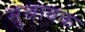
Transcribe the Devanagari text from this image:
सुश्रावक